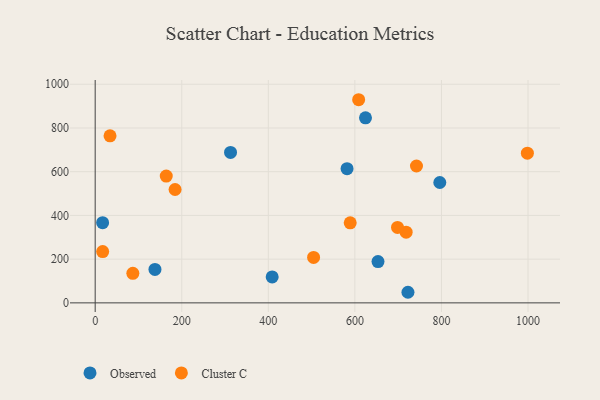
{"axis": {"x": "Investment", "y": "Yield"}, "legend": ["Cluster C", "Observed"], "data": [{"x": "624.5", "y": 846.4, "type": "Observed"}, {"x": "722.6", "y": 48.4, "type": "Observed"}, {"x": "17.2", "y": 366.7, "type": "Observed"}, {"x": "408.9", "y": 118.7, "type": "Observed"}, {"x": "581.9", "y": 613.6, "type": "Observed"}, {"x": "312.7", "y": 688.0, "type": "Observed"}, {"x": "138.1", "y": 152.8, "type": "Observed"}, {"x": "653.4", "y": 189.0, "type": "Observed"}, {"x": "796.2", "y": 550.5, "type": "Observed"}, {"x": "718.4", "y": 323.2, "type": "Cluster C"}, {"x": "164.2", "y": 579.8, "type": "Cluster C"}, {"x": "184.6", "y": 518.6, "type": "Cluster C"}, {"x": "698.5", "y": 345.1, "type": "Cluster C"}, {"x": "742.3", "y": 626.0, "type": "Cluster C"}, {"x": "589.2", "y": 366.0, "type": "Cluster C"}, {"x": "998.5", "y": 684.7, "type": "Cluster C"}, {"x": "17.3", "y": 234.8, "type": "Cluster C"}, {"x": "87.0", "y": 135.2, "type": "Cluster C"}, {"x": "504.6", "y": 207.9, "type": "Cluster C"}, {"x": "608.7", "y": 929.2, "type": "Cluster C"}, {"x": "34.3", "y": 764.0, "type": "Cluster C"}]}